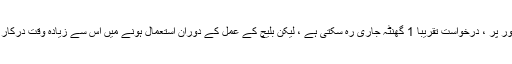
مثال کے طور پر ، درخواست تقریبا 1 گھنٹہ جاری رہ سکتی ہے ، لیکن بلیچ کے عمل کے دوران استعمال ہونے میں اس سے زیادہ وقت درکار ہوسکتا ہے۔